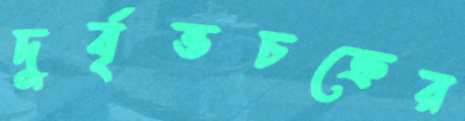
দুর্বৃত্তচক্রের